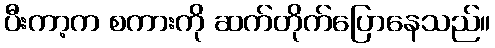
ပီးကာ့က စကားကို ဆက်တိုက်ပြောနေသည်။